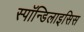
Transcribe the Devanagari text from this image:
स्पाॅन्डिलाइसिस